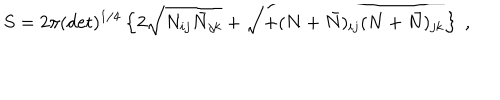
S = 2 \pi ( \det ) ^ { 1 / 4 } \left\{ 2 \sqrt { N _ { i j } \bar { N } _ { j k } } + \sqrt { + ( N + \bar { N } ) _ { i j } ( N + \bar { N } ) _ { j k } } \right\} \ ,